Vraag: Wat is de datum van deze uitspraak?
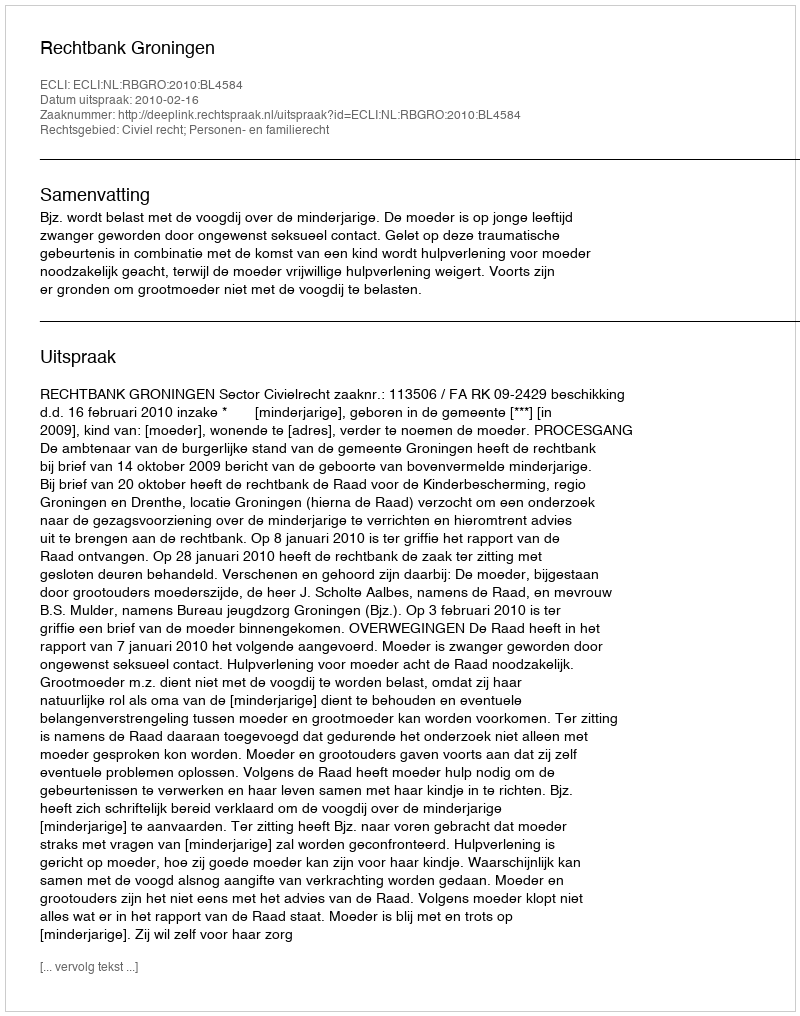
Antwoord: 2010-02-16